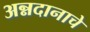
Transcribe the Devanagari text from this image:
अन्नदानाचे